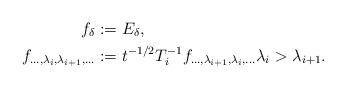
LaTeX: \begin{align*}f_\delta &:= E_\delta,\\f_{\ldots,\lambda_i,\lambda_{i+1},\ldots} &:= t^{-1/2} T_i^{-1} f_{\ldots,\lambda_{i+1},\lambda_{i},\ldots} \lambda_i > \lambda_{i+1}.\end{align*}